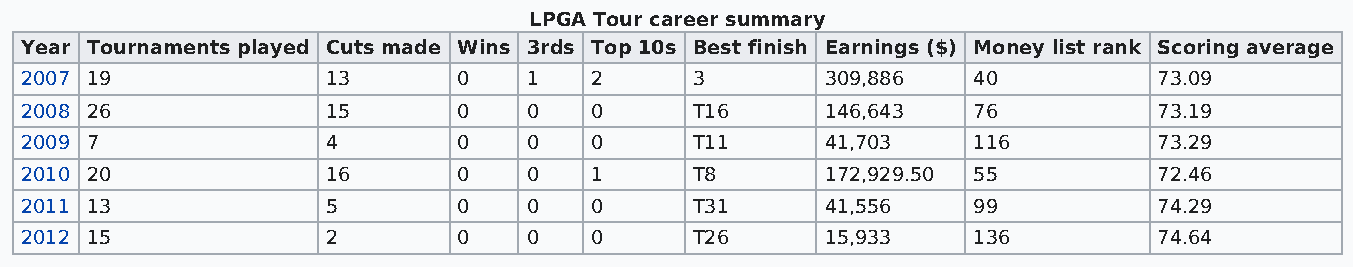
LPGA Tour career summary
 Year Tournaments played Cuts made Wins 3rds Top 10s Best finish Earnings ($) Money list rank Scoring average
 2007 19              13      0    1   2      3        309,886  40           73.09
 2008 26              15      0    0   0      T16      146,643  76           73.19
 2009 7               4       0    0   0      T11      41,703   116          73.29
 2010 20              16      0    0   1      T8       172,929.50 55         72.46
 2011 13              5       0    0   0      T31      41,556   99           74.29
 2012 15              2       0    0   0      T26      15,933   136          74.64